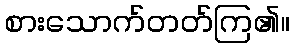
စားသောက်တတ်ကြ၏။